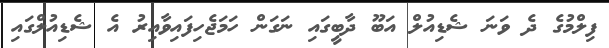
ފިލްމުގެ ދެ ވަނަ ޝެޑިއުލް އަބޫ ދާބީގައި ނަގަން ހަމަޖެހިފައިވާއިރު އެ ޝެޑިއުލްގައި